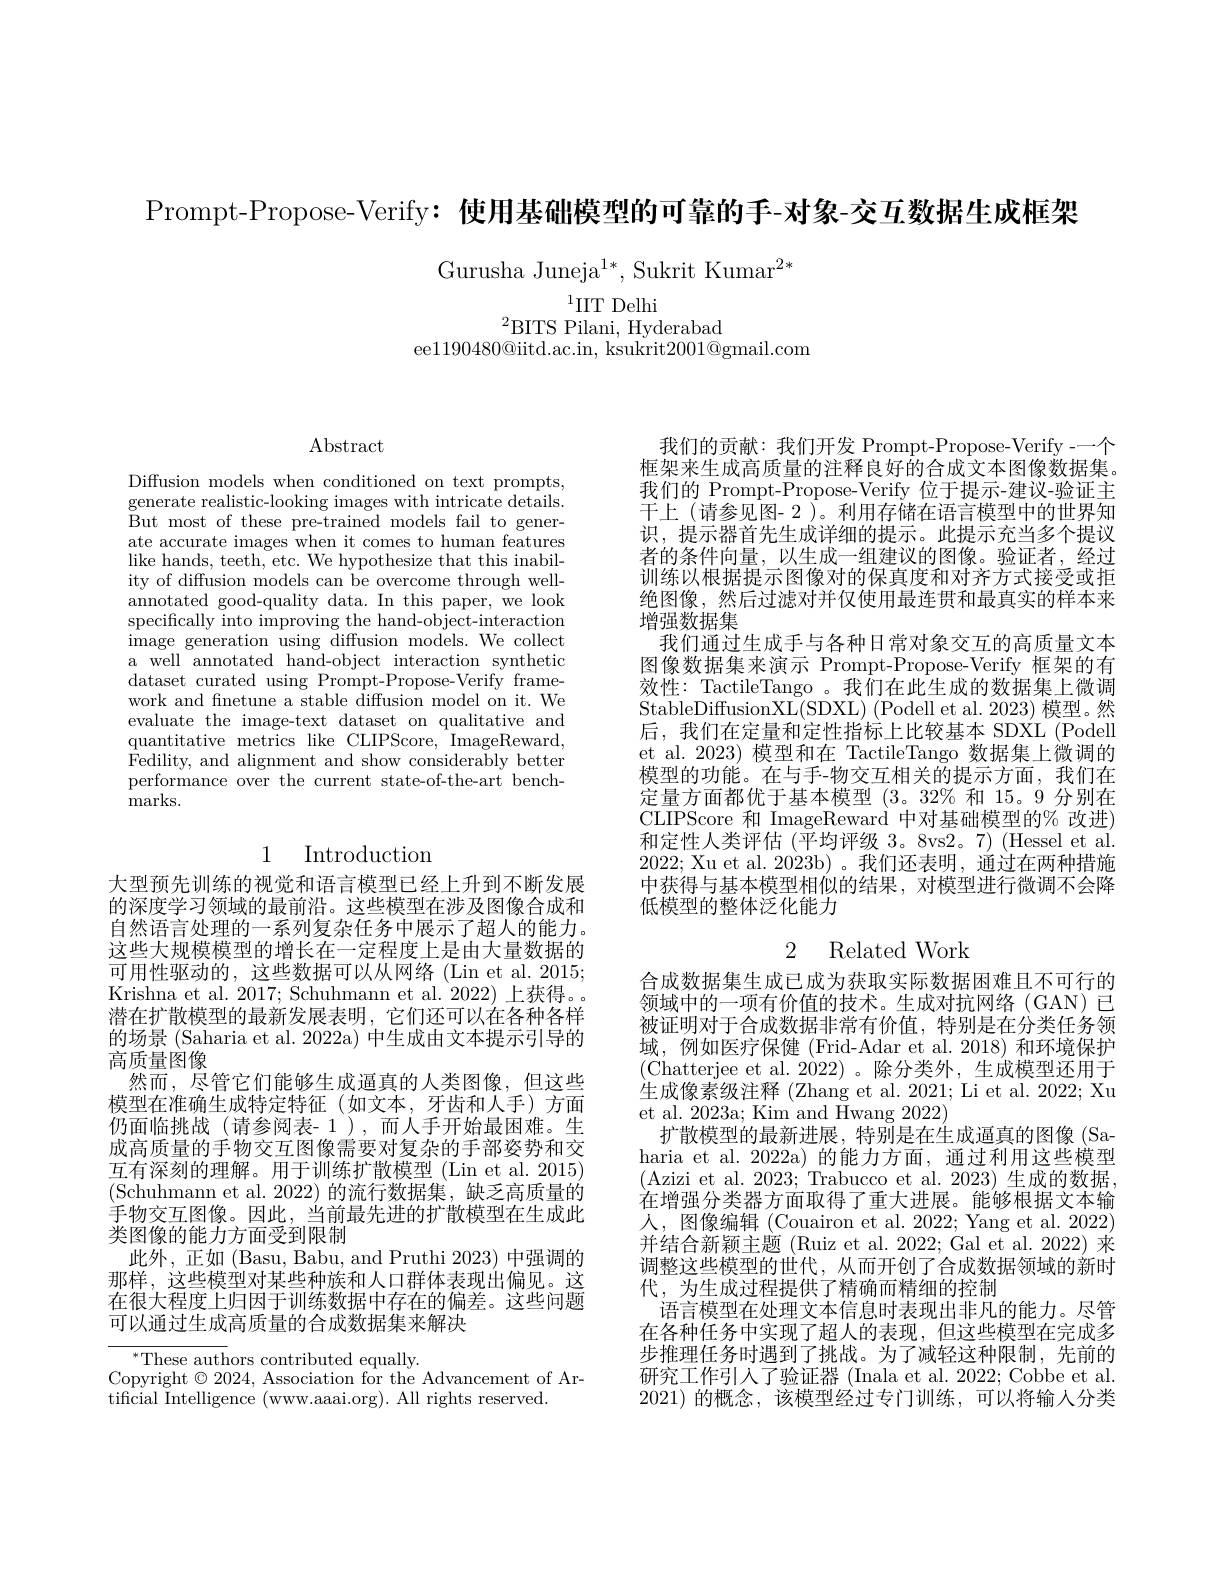
Prompt-Propose-Verify: 使用基础模型的可靠的手-对象-交互数据生成框架

Gurusha Juneja$^1*$, Sukrit Kumar$^{2*}$

$^{1}$IIT Delhi
$^{2}$BITS Pilani, Hyderabad
ee$1190480@$iitd.ac.in, ksukrit$2001@$gmail.com

$\operatorname{Abstract}$

Diffusion models when conditioned on text prompts, generate realistic-looking images with intricate details. $\mathrm{\stackrel{\mathrm{But~most~of~these~pre-trained~models~fail~to~gener-}}}$ ate accurate images when it comes to human features like hands, teeth, etc. We hypothesize that this inabil- ity of diffusion models can be overcome through wellannotated good-quality data. In this paper, we look specifically into improving the hand-object-interaction image generation using diffusion models. We collect a well annotated hand-object interaction synthetic dataset curated using Prompt-Propose-Verify framework and finetune a stable diffusion model on it. We evaluate the image-text dataset on qualitative and quantitative metrics like CLIPScore, ImageReward, $\hat{\text{Fedility, and alignment and show considerably better}}$ performance over the current state-of-the-art benchmarks.

1 Introduction

大型预先训练的视觉和语言模型已经上升到不断发展的深度学习领域的最前沿。这些模型在涉及图像合成和自然语言处理的一系列复杂任务中展示了超人的能力。这些大规模模型的增长在一定程度上是由大量数据的可用性驱动的，这些数据可以从网络(Lin et al. 2015; Krishna et al. 2017; Schuhmann et al. 2022) 上获得。潜在扩散模型的最新发展表明，它们还可以在各种各样的场景 (Saharia et al. 2022a) 中生成由文本提示引导的高质量图像
然而，尽管它们能够生成逼真的人类图像，但这些模型在准确生成特定特征(如文本，牙齿和人手)方面仍面临挑战(请参阅表-1),而人手开始最困难。生成高质量的手物交互图像需要对复杂的手部姿势和交互有深刻的理解。用于训练扩散模型 (Lin et al. 2015) (Schuhmann et al.2022)的流行数据集，缺乏高质量的手物交互图像。因此，当前最先进的扩散模型在生成此类图像的能力方面受到限制
此外，正如 (Basu, Babu, and Pruthi 2023)中强调的那样，这些模型对某些种族和人口群体表现出偏见。这在很大程度上归因于训练数据中存在的偏差。这些问题可以通过生成高质量的合成数据集来解决

$^*$These authors contributed equally.
Copyright $\odot2024$, Association for the Advancement of Ar-
tificial Intelligence (www.aaai.org). All rights reserved.

我们的贡献：我们开发 Prompt-Propose-Verify--个框架来生成高质量的注释良好的合成文本图像数据集。我们的 Prompt-Propose-Verify 位于提示-建议-验证主干上 (请参见图- 2 )。利用存储在语言模型中的世界知识，提示器首先生成详细的提示。此提示充当多个提议者的条件向量，以生成一组建议的图像。验证者，经过训练以根据提示图像对的保真度和对齐方式接受或拒绝图像，然后过滤对并仅使用最连贯和最真实的样本来增强数据集
我们通过生成手与各种日常对象交互的高质量文本图像数据集来演示 Prompt-Propose-Verify 框架的有效性：TactileTango 。我们在此生成的数据集上微调StableDiffusionXL(SDXL) (Podell et al. 2023) 模型。然后，我们在定量和定性指标上比较基本 SDXL (Podell et al. 2023) 模型和在 TactileTango 数据集上微调的模型的功能。在与手-物交互相关的提示方面，我们在定量方面都优于基本模型(3。32% 和 15。9 分别在CLIPScore 和 ImageReward 中对基础模型的% 改进) 和定性人类评估 (平均评级 3。8vs2。7) (Hessel et al. 2022; Xu et al. 2023b)。我们还表明，通过在两种措施中获得与基本模型相似的结果，对模型进行微调不会降低模型的整体泛化能力

## 2 Related Work

合成数据集生成已成为获取实际数据困难且不可行的领域中的一项有价值的技术。生成对抗网络(GAN)已被证明对于合成数据非常有价值，特别是在分类任务领域，例如医疗保健(Frid-Adar et al.2018)和环境保护(Chatterjee et al.2022)。除分类外，生成模型还用于生成像素级注释 (Zhang et al. 2021; Li et al. 2022; Xu et al. 2023a; Kim and Hwang 2022)
扩散模型的最新进展，特别是在生成逼真的图像(Sa-1) haria et al. 2022a) 的能力方面，通过利用这些模型(Azizi et al. 2023; Trabucco et al. 2023) 生成的数据在增强分类器方面取得了重大进展。能够根据文本输人，图像编辑 (Couairon et al. 2022; Yang et al. 2022) 并结合新颖主题 (Ruiz et al. 2022; Gal et al. 2022) 来调整这些模型的世代，从而开创了合成数据领域的新时代，为生成过程提供了精确而精细的控制
语言模型在处理文本信息时表现出非凡的能力。尽管在各种任务中实现了超人的表现，但这些模型在完成多步推理任务时遇到了挑战。为了减轻这种限制，先前的研究工作引人了验证器 (Inala et al. 2022; Cobbe et al. 2021)的概念，该模型经过专门训练，可以将输人分类